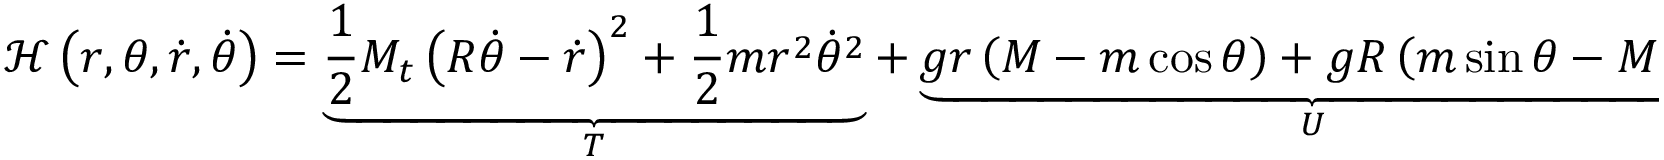
{ \mathcal { H } } \left( r , \theta , { \dot { r } } , { \dot { \theta } } \right) = \underbrace { { \frac { 1 } { 2 } } M _ { t } \left( R { \dot { \theta } } - { \dot { r } } \right) ^ { 2 } + { \frac { 1 } { 2 } } m r ^ { 2 } { \dot { \theta } } ^ { 2 } } _ { T } + \underbrace { g r \left( M - m \cos { \theta } \right) + g R \left( m \sin { \theta } - M \theta \right) } _ { U } ,